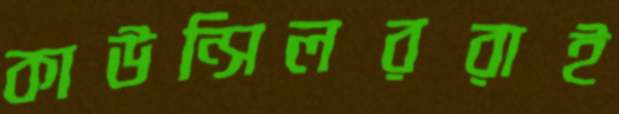
কাউন্সিলররাই